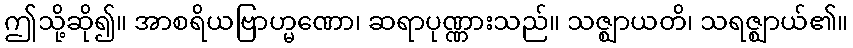
ဤသို့ဆို၍။ အာစရိယဗြာဟ္မဏော၊ ဆရာပုဏ္ဏားသည်။ သဇ္ဈာယတိ၊ သရဇ္ဈာယ်၏။